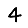
Digit: 4